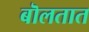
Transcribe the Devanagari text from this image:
बॊलतात